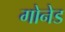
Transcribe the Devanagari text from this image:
गोनेड